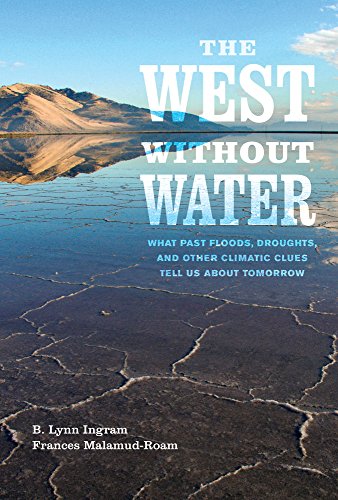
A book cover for The West without Water: What Past Floods, Droughts, and Other Climatic Clues Tell Us about Tomorrow; B. Lynn Ingram; Science & Math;